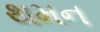
થમન